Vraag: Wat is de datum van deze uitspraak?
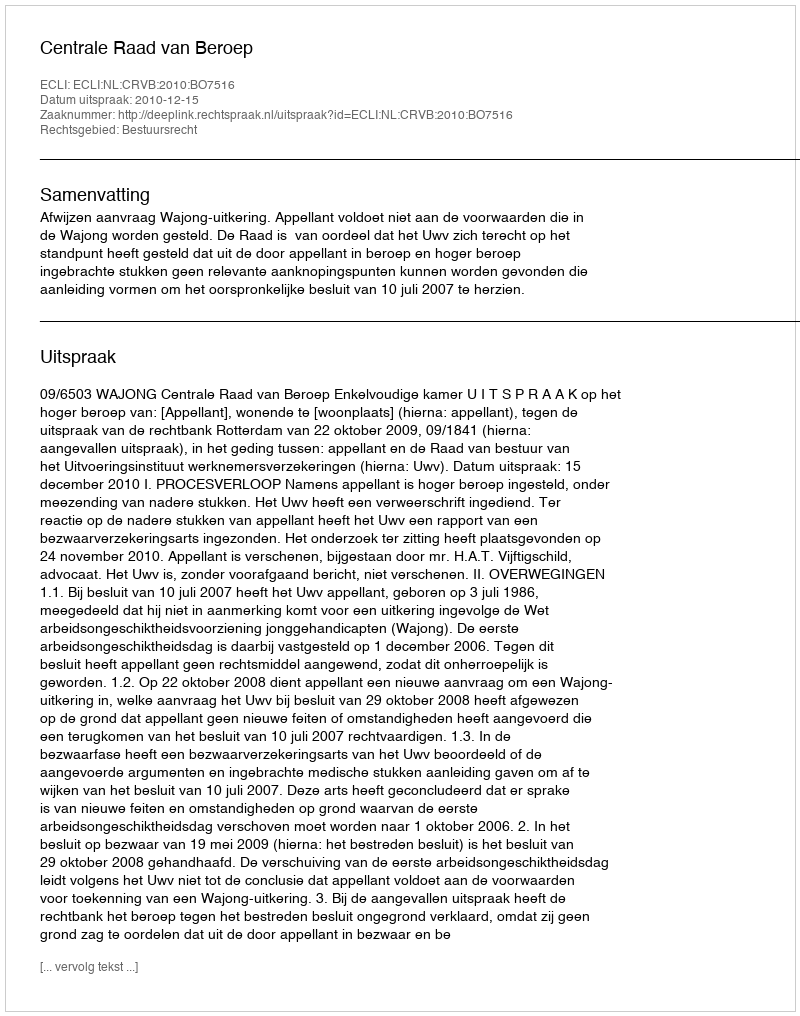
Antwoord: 2010-12-15